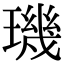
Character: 璣